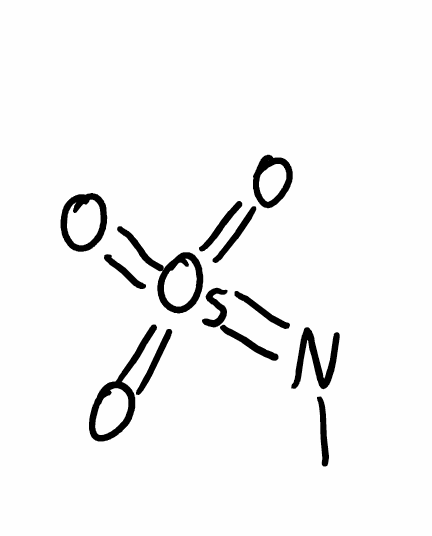
Simplified molecular-input line-entry system (SMILES) notation of the given molecule:
CN=[Os](=O)(=O)=O